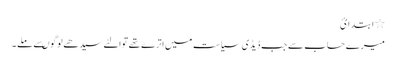
٭ ا بتد ا ئ
میرے حساب سے جب ڈیڈی سیاست میں اترے تھے توالٹے سیدھے لوگوںسے ملے ۔